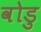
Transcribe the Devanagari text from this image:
वोडु